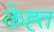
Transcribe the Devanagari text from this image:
केह्त